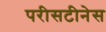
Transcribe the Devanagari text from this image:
परीसटीनेस